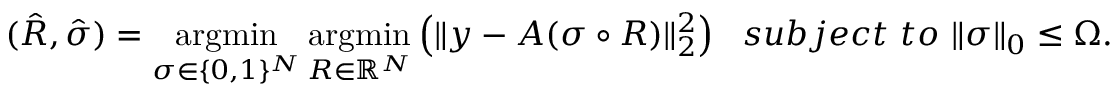
( \hat { R } , \hat { \sigma } ) = \operatorname * { a r g m i n } _ { \sigma \in \{ 0 , 1 \} ^ { N } } \operatorname * { a r g m i n } _ { R \in \mathbb { R } ^ { N } } \left( \| y - A ( \sigma \circ R ) \| _ { 2 } ^ { 2 } \right) \ \ s u b j e c t \ t o \ \| \sigma \| _ { 0 } \le \Omega .